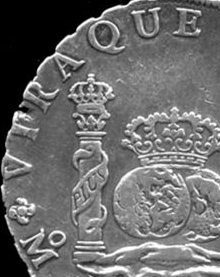
W VTRAQUE